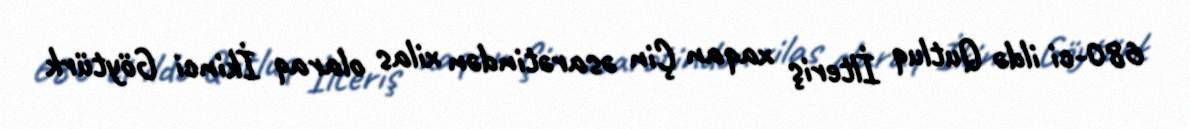
680-ci ildə Qutluq İlteriş xaqan Çin əsarətindən xilas olaraq İkinci Göytürk